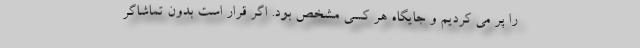
را پر می کردیم و جایگاه هر کسی مشخص بود. اگر قرار است بدون تماشاگر